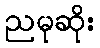
ညမုဆိုး